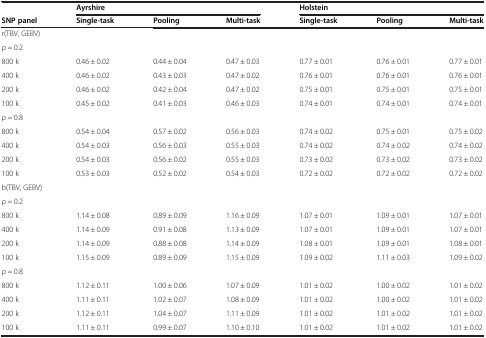
<table><thead><tr><td><b> </b></td><td colspan="3"><b>Ayrshire</b></td><td colspan="3"><b>Holstein</b></td></tr><tr><td><b>SNP panel</b></td><td><b>Single-task</b></td><td><b>Pooling</b></td><td><b>Multi-task</b></td><td><b>Single-task</b></td><td><b>Pooling</b></td><td><b>Multi-task</b></td></tr></thead><tbody><tr><td colspan="7">r(TBV, GEBV)</td></tr><tr><td colspan="7">ρ = 0.2</td></tr><tr><td>800 k</td><td>0.46 ± 0.02</td><td>0.44 ± 0.04</td><td>0.47 ± 0.03</td><td>0.77 ± 0.01</td><td>0.76 ± 0.01</td><td>0.77 ± 0.01</td></tr><tr><td>400 k</td><td>0.46 ± 0.02</td><td>0.43 ± 0.03</td><td>0.47 ± 0.02</td><td>0.76 ± 0.01</td><td>0.76 ± 0.01</td><td>0.76 ± 0.01</td></tr><tr><td>200 k</td><td>0.46 ± 0.02</td><td>0.42 ± 0.04</td><td>0.47 ± 0.02</td><td>0.75 ± 0.01</td><td>0.75 ± 0.01</td><td>0.75 ± 0.01</td></tr><tr><td>100 k</td><td>0.45 ± 0.02</td><td>0.41 ± 0.03</td><td>0.46 ± 0.03</td><td>0.74 ± 0.01</td><td>0.74 ± 0.01</td><td>0.74 ± 0.01</td></tr><tr><td colspan="7">ρ = 0.8</td></tr><tr><td>800 k</td><td>0.54 ± 0.04</td><td>0.57 ± 0.02</td><td>0.56 ± 0.03</td><td>0.74 ± 0.02</td><td>0.75 ± 0.01</td><td>0.75 ± 0.02</td></tr><tr><td>400 k</td><td>0.54 ± 0.03</td><td>0.56 ± 0.03</td><td>0.55 ± 0.03</td><td>0.74 ± 0.02</td><td>0.74 ± 0.02</td><td>0.74 ± 0.02</td></tr><tr><td>200 k</td><td>0.54 ± 0.03</td><td>0.56 ± 0.02</td><td>0.55 ± 0.03</td><td>0.73 ± 0.02</td><td>0.73 ± 0.02</td><td>0.73 ± 0.02</td></tr><tr><td>100 k</td><td>0.53 ± 0.03</td><td>0.52 ± 0.02</td><td>0.54 ± 0.03</td><td>0.72 ± 0.02</td><td>0.72 ± 0.02</td><td>0.72 ± 0.02</td></tr><tr><td colspan="7">b(TBV, GEBV)</td></tr><tr><td colspan="7">ρ = 0.2</td></tr><tr><td>800 k</td><td>1.14 ± 0.08</td><td>0.89 ± 0.09</td><td>1.16 ± 0.09</td><td>1.07 ± 0.01</td><td>1.09 ± 0.01</td><td>1.07 ± 0.01</td></tr><tr><td>400 k</td><td>1.14 ± 0.09</td><td>0.91 ± 0.08</td><td>1.13 ± 0.09</td><td>1.07 ± 0.01</td><td>1.09 ± 0.01</td><td>1.07 ± 0.01</td></tr><tr><td>200 k</td><td>1.14 ± 0.09</td><td>0.88 ± 0.08</td><td>1.14 ± 0.09</td><td>1.08 ± 0.01</td><td>1.09 ± 0.01</td><td>1.08 ± 0.01</td></tr><tr><td>100 k</td><td>1.15 ± 0.09</td><td>0.89 ± 0.09</td><td>1.15 ± 0.09</td><td>1.09 ± 0.02</td><td>1.11 ± 0.03</td><td>1.09 ± 0.02</td></tr><tr><td colspan="7">ρ = 0.8</td></tr><tr><td>800 k</td><td>1.12 ± 0.11</td><td>1.00 ± 0.06</td><td>1.07 ± 0.09</td><td>1.01 ± 0.02</td><td>1.00 ± 0.02</td><td>1.01 ± 0.02</td></tr><tr><td>400 k</td><td>1.11 ± 0.11</td><td>1.02 ± 0.07</td><td>1.08 ± 0.09</td><td>1.01 ± 0.02</td><td>1.00 ± 0.02</td><td>1.01 ± 0.02</td></tr><tr><td>200 k</td><td>1.12 ± 0.11</td><td>1.04 ± 0.07</td><td>1.11 ± 0.09</td><td>1.01 ± 0.02</td><td>1.01 ± 0.02</td><td>1.01 ± 0.02</td></tr><tr><td>100 k</td><td>1.11 ± 0.11</td><td>0.99 ± 0.07</td><td>1.10 ± 0.10</td><td>1.01 ± 0.02</td><td>1.01 ± 0.02</td><td>1.01 ± 0.02</td></tr></tbody></table>